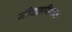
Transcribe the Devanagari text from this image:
जीवनविषक